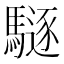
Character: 䮱